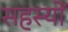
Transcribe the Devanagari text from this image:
सहस्यों